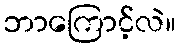
ဘာကြောင့်လဲ။